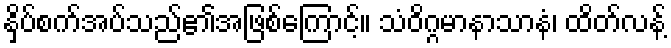
နှိပ်စက်အပ်သည်၏အဖြစ်ကြောင့်။ သံဝိဂ္ဂမာနာသာနံ၊ ထိတ်လန့်